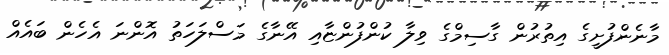
މާނެންފުށީގެ އިތުރުން ގާސިމްގެ ވިލާ ކުންފުންޏާއި އޭނާގެ މަސްލަހަތު އޮންނަ އެހެން ބައެއް